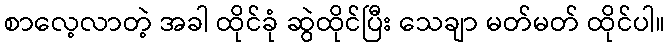
စာလေ့လာတဲ့ အခါ ထိုင်ခုံ ဆွဲထိုင်ပြီး သေချာ မတ်မတ် ထိုင်ပါ။